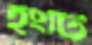
ইংটি